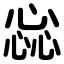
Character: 惢